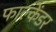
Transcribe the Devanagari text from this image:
फाल्केंडर